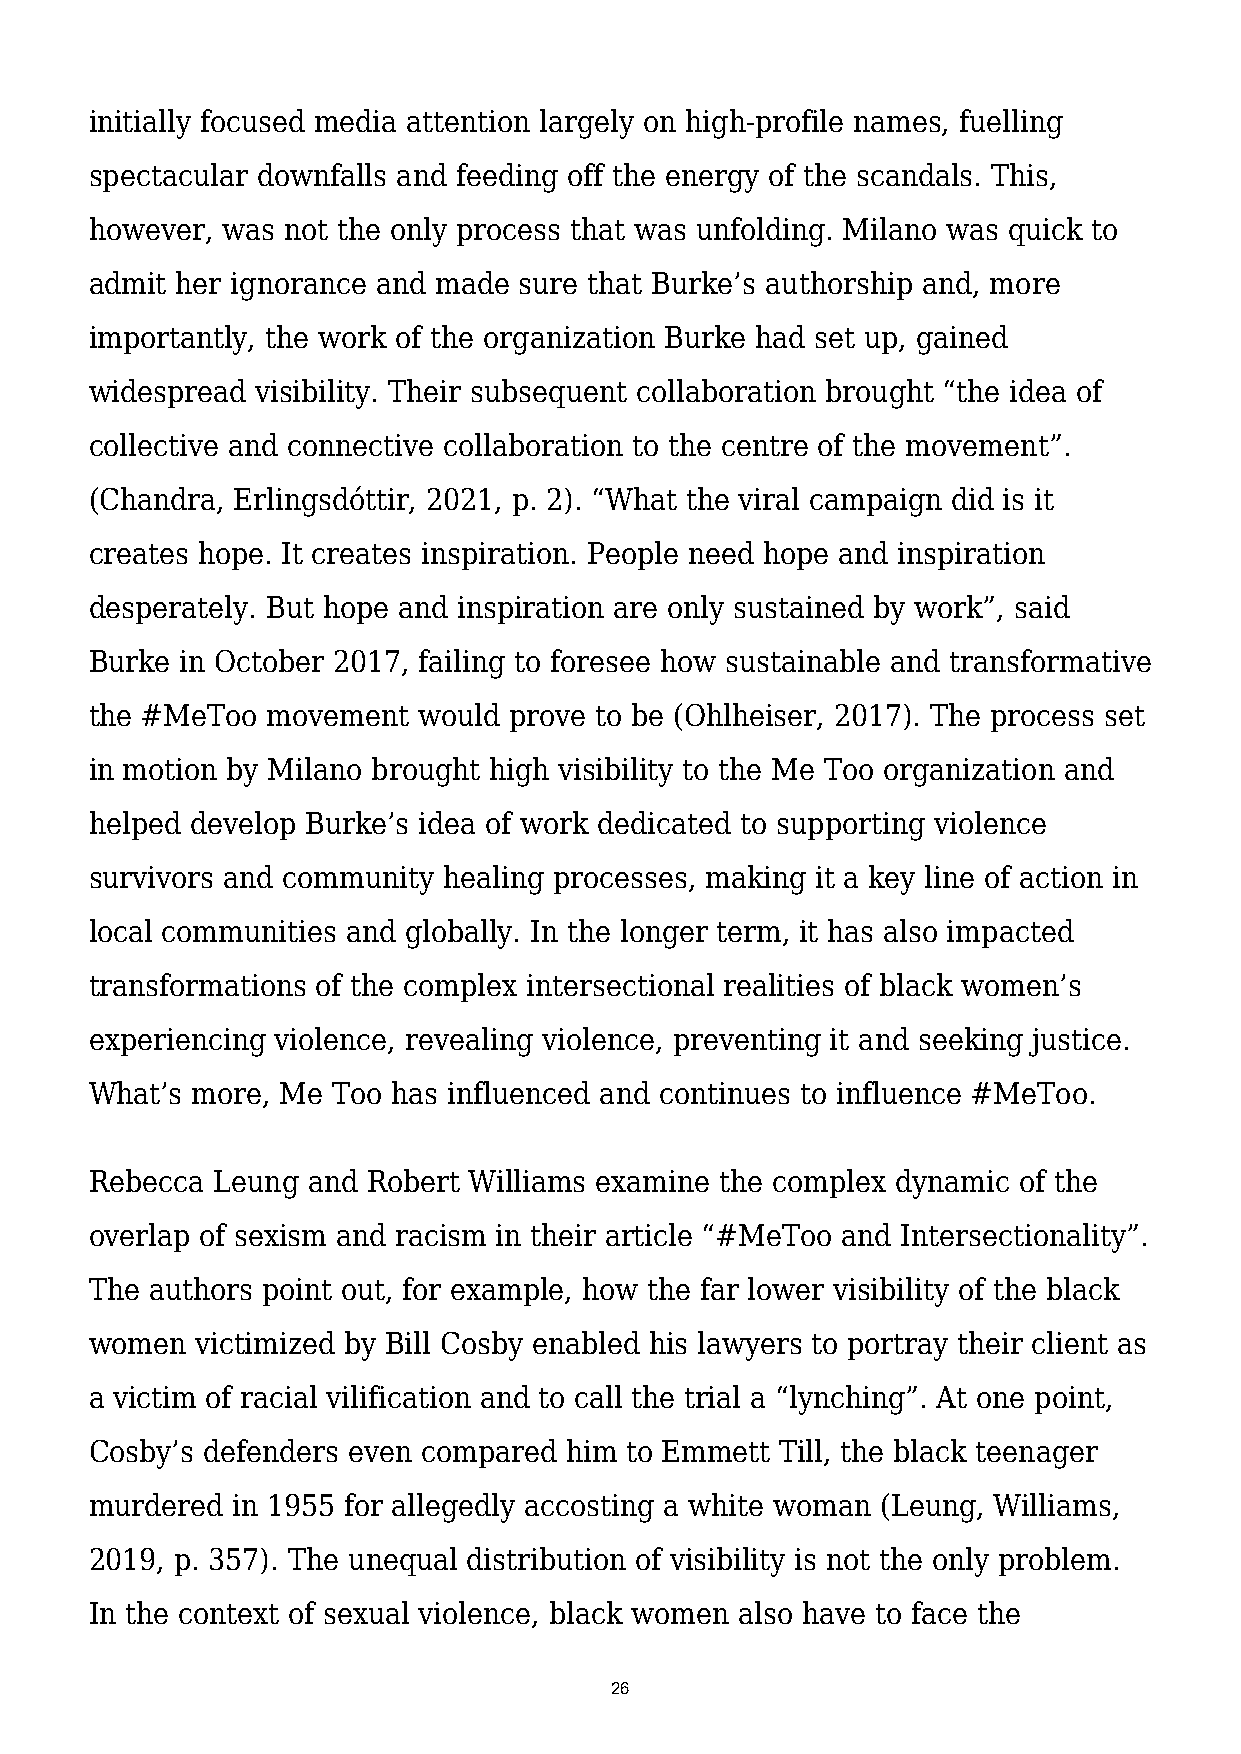
initially focused media attention largely on high-profile names, fuelling
 spectacular downfalls and feeding off the energy of the scandals. This,
 however, was not the only process that was unfolding. Milano was quick to
 admit her ignorance and made sure that Burke’s authorship and, more
 importantly, the work of the organization Burke had set up, gained
 widespread visibility. Their subsequent collaboration brought “the idea of
 collective and connective collaboration to the centre of the movement”.
 (Chandra, Erlingsdóttir, 2021, p. 2). “What the viral campaign did is it
 creates hope. It creates inspiration. People need hope and inspiration
 desperately. But hope and inspiration are only sustained by work”, said
 Burke in October 2017, failing to foresee how sustainable and transformative
 the #MeToo  movement  would prove to be (Ohlheiser, 2017). The process set
 in motion by Milano brought high visibility to the Me Too organization and
 helped develop Burke’s idea of work dedicated to supporting violence
 survivors and community healing processes, making it a key line of action in
 local communities and globally. In the longer term, it has also impacted
 transformations of the complex intersectional realities of black women’s
 experiencing violence, revealing violence, preventing it and seeking justice.
 What’s more, Me Too has influenced and continues to influence #MeToo.
 Rebecca Leung and Robert Williams examine the complex dynamic of the
 overlap of sexism and racism in their article “#MeToo and Intersectionality”.
 The authors point out, for example, how the far lower visibility of the black
 women  victimized by Bill Cosby enabled his lawyers to portray their client as
 a victim of racial vilification and to call the trial a “lynching”. At one point,
 Cosby’s defenders even compared him to Emmett Till, the black teenager
 murdered in 1955 for allegedly accosting a white woman (Leung, Williams,
 2019, p. 357). The unequal distribution of visibility is not the only problem.
 In the context of sexual violence, black women also have to face the
 26